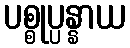
ပစ္စုပ္ပန္နာယ